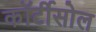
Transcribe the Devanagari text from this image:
कॉर्टीसोल